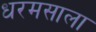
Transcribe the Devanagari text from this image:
धरमसाला